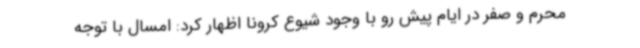
محرم و صفر در ایام پیش رو با وجود شیوع کرونا اظهار کرد: امسال با توجه